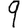
Digit: 9